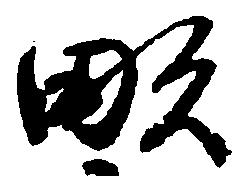
畝